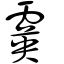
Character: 霙